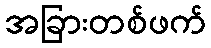
အခြားတစ်ဖက်